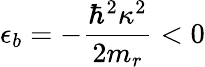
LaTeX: \epsilon_{b}=-\frac{\hbar^{2}\kappa^{2}}{2m_{r}}<0